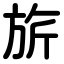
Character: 旂